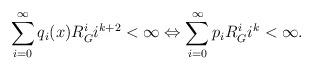
LaTeX: \begin{align*}\sum_{i=0}^{\infty} q_i(x)R_G^i i^{k+2} <\infty \Leftrightarrow \sum_{i=0}^{\infty} p_iR_G^i i^{k}<\infty .\end{align*}